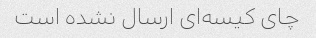
چای کیسه‌ای ارسال نشده است